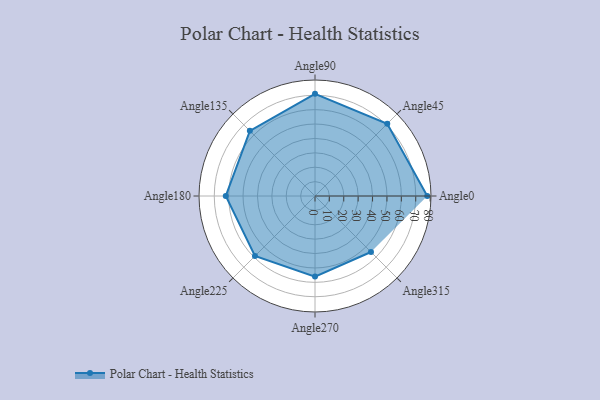
{"axis": {"x": "Angle", "y": "Radius"}, "legend": [""], "data": [{"x": "Angle0", "y": 78.0, "type": ""}, {"x": "Angle45", "y": 71.0, "type": ""}, {"x": "Angle90", "y": 71.0, "type": ""}, {"x": "Angle135", "y": 64.0, "type": ""}, {"x": "Angle180", "y": 62.0, "type": ""}, {"x": "Angle225", "y": 59.0, "type": ""}, {"x": "Angle270", "y": 56.0, "type": ""}, {"x": "Angle315", "y": 55.0, "type": ""}]}